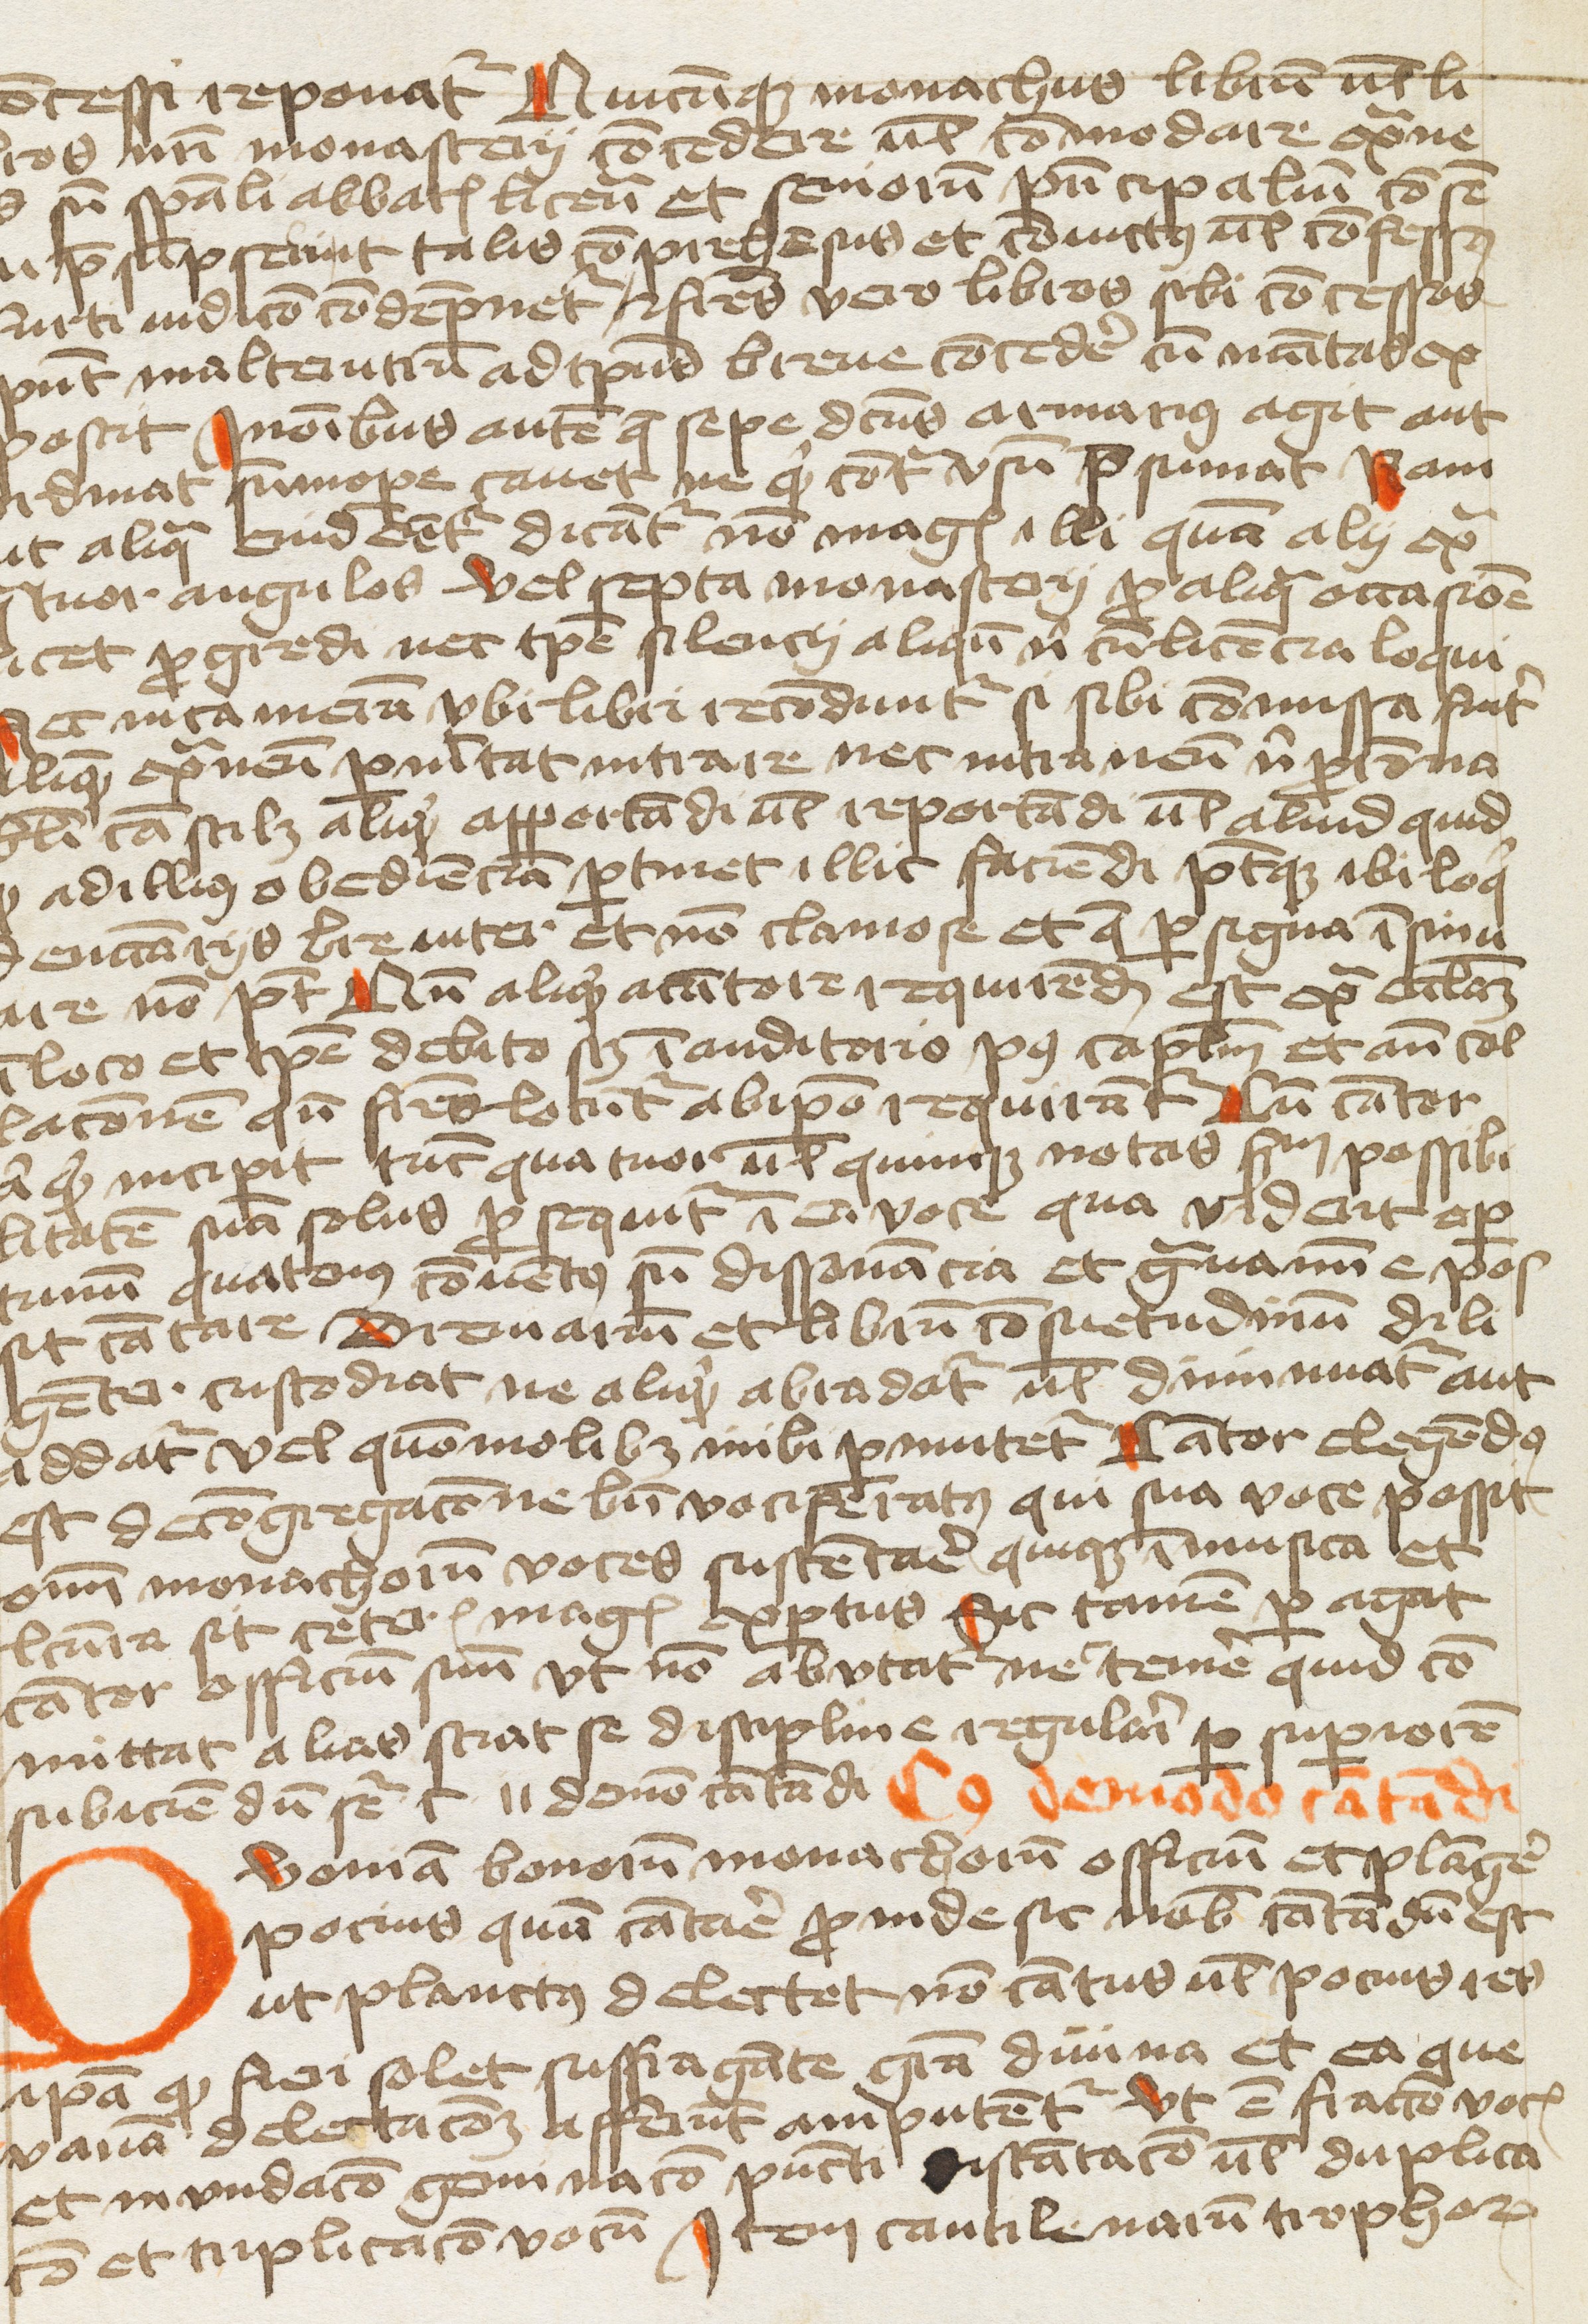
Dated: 1400–1499